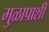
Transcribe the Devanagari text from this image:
मुळापाशी